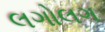
લગોલગ